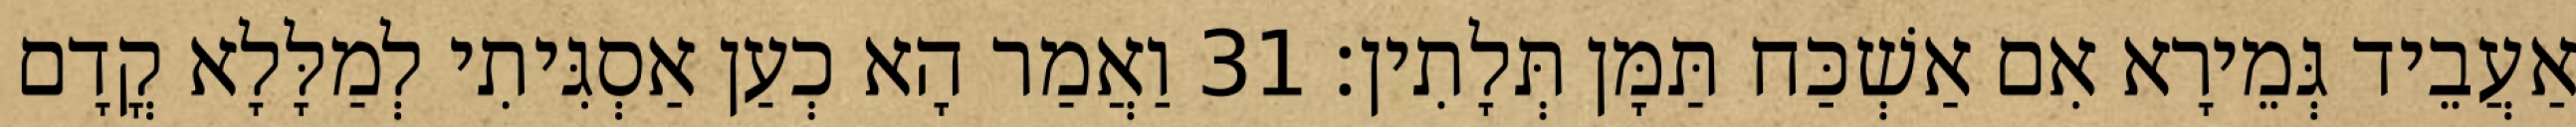
אַעֲבֵיד גְּמֵירָא אִם אַשְׁכַּח תַּמָּן תְּלָתִין׃ 31 וַאֲמַר הָא כְעַן אַסְגִּיתִי לְמַלָּלָא קֳדָם